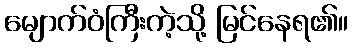
မျောက်ဝံကြီးကဲ့သို့ မြင်နေရ၏။